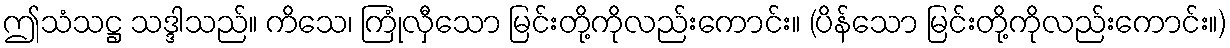
ဤသံသဋ္ဌ သဒ္ဒါသည်။ ကိသေ၊ ကြုံလှီသော မြင်းတို့ကိုလည်းကောင်း။ (ပိန်သော မြင်းတို့ကိုလည်းကောင်း။)